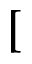
[